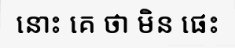
នោះ គេ ថា មិន ផេះ